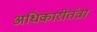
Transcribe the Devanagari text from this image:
अधिकारीतंत्रा